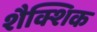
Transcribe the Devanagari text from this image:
शैक्शिक